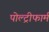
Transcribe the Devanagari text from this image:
पोल्ट्रीफार्म